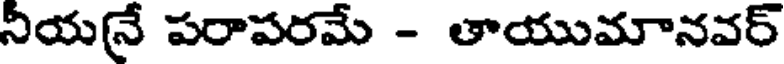
నీయనే పరాపరమే - తాయుమానవర్